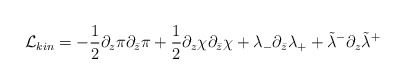
\begin{align*}{\cal L}_{kin}=-{1\over 2}\partial_z\pi\partial_{\bar z}\pi+{1\over 2}\partial_z\chi\partial_{\bar z}\chi+\lambda_-\partial_{\bar z}\lambda_++\tilde\lambda^-\partial_z\tilde\lambda^+\end{align*}